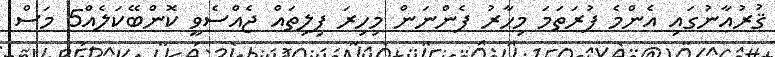
ޤުރުއާނުގައި އެންމެ ފުރަތަމަ މިހާރު ފެންނަން މިހިރަ ފިލިތައް ޖެއްސެވީ ކޮންބޭކަލެއް5 މަސް